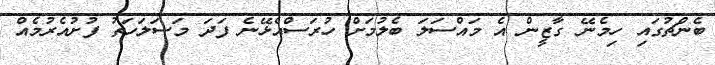
ބެންޗުގައި ހިމެނޭ ގާޒީން އެ މައްސަލަ ބެލުމަށް ހުރަސްއެޅޭނެ ފަދަ މަސަލަހަތު ފުށުއެރުމެއް